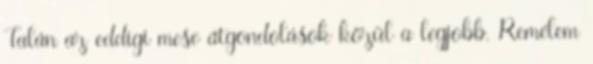
Talán az eddigi mese átgondolások közül a legjobb. Remélem